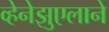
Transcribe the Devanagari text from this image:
व्हेनेझुएलाने